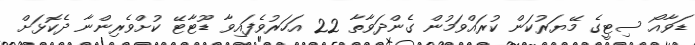
ޑަވާއޯ ސިޓީގެ މޭޔަރުކަން ކުރައްވަމުން ގެންދަވާތާ 22 އަހަރުވެފައިވާ ޑޫޓާޓޭ ކުށްވެރިންނާ ދެކޮޅަށް